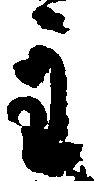
主